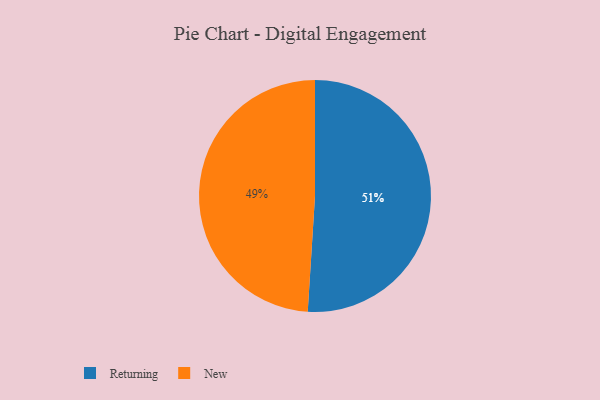
{"axis": {"x": "Category", "y": "Percentage"}, "legend": ["New", "Returning"], "data": [{"x": "Returning", "y": 51, "type": "Returning"}, {"x": "New", "y": 49, "type": "New"}]}